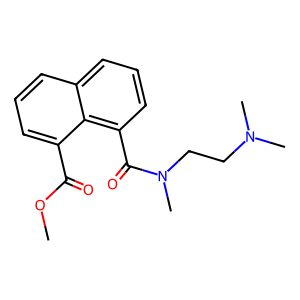
SMILES: COC(=O)c1cccc2cccc(C(=O)N(C)CCN(C)C)c12
Inhibits HIV replication: No